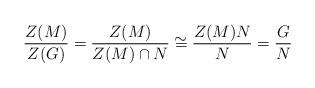
LaTeX: \begin{align*}\frac{Z(M)}{Z(G)}=\frac{Z(M)}{Z(M)\cap N}\cong\frac{Z(M)N}{N}=\frac{G}{N}\end{align*}